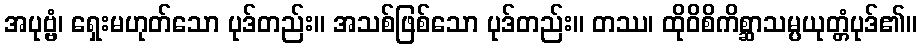
အပုဗ္ဗံ၊ ရှေးမဟုတ်သော ပုဒ်တည်း။ အသစ်ဖြစ်သော ပုဒ်တည်း။ တဿ၊ ထိုဝိစိကိစ္ဆာသမ္ပယုတ္တံပုဒ်၏။